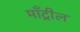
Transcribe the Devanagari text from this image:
माँट्रील